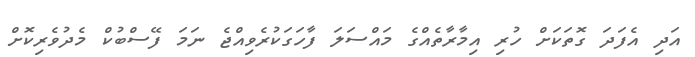
އަދި އެފަދަ ގޮތަކަށް ހުރި އިމާރާތެއްގެ މައްސަލަ ފާހަގަކުރެވިއްޖެ ނަމަ ފޭސްބުކް މެދުވެރިކޮށް